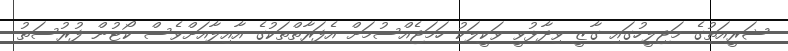
ޝަރީއަތުގެ މަޖިލީހުގައި ގާޒީ ވިދާޅުވީ ވަކީލަކު ހަމަޖެއްސުމަށް އެފަރާތްތަކުގެ އާއިލާއަށްވެސް ކޯޓުން ފުރުސަތު